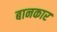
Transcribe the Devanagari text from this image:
बानकार